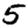
Digit: 5